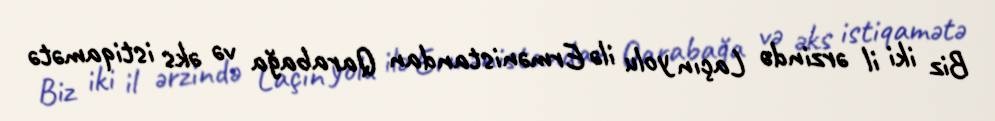
Biz iki il ərzində Laçın yolu ilə Ermənistandan Qarabağa və əks istiqamətə